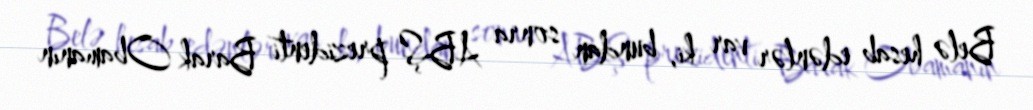
Belə hesab edənlər var ki, bundan sonra ABŞ prezidenti Barak Obamanın